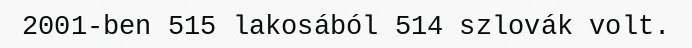
2001-ben 515 lakosából 514 szlovák volt.